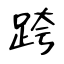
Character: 跨